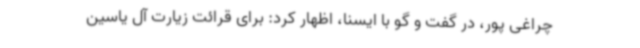
چراغی پور، در گفت و گو با ایسنا، اظهار کرد: برای قرائت زیارت آل یاسین